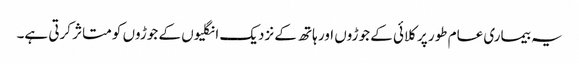
یہ بیماری عام طور پر کلائی کے جوڑوں اور ہاتھ کے نزدیک انگلیوں کے جوڑوں کو متاثر کرتی ہے۔